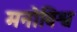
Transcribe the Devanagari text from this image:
मनोविश्व